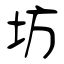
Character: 坊